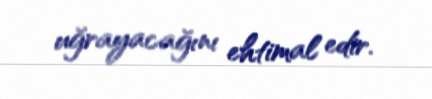
uğrayacağını ehtimal edir.